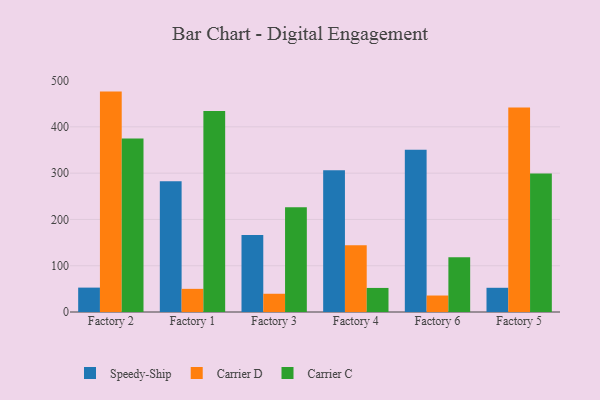
{"axis": {"x": "Factory", "y": "Backlog"}, "legend": ["Carrier C", "Carrier D", "Speedy-Ship"], "data": [{"x": "Factory 2", "y": 52.7, "type": "Speedy-Ship"}, {"x": "Factory 2", "y": 476.2, "type": "Carrier D"}, {"x": "Factory 2", "y": 375.0, "type": "Carrier C"}, {"x": "Factory 1", "y": 282.4, "type": "Speedy-Ship"}, {"x": "Factory 1", "y": 50.0, "type": "Carrier D"}, {"x": "Factory 1", "y": 434.1, "type": "Carrier C"}, {"x": "Factory 3", "y": 166.2, "type": "Speedy-Ship"}, {"x": "Factory 3", "y": 39.4, "type": "Carrier D"}, {"x": "Factory 3", "y": 226.5, "type": "Carrier C"}, {"x": "Factory 4", "y": 306.5, "type": "Speedy-Ship"}, {"x": "Factory 4", "y": 144.1, "type": "Carrier D"}, {"x": "Factory 4", "y": 52.0, "type": "Carrier C"}, {"x": "Factory 6", "y": 350.8, "type": "Speedy-Ship"}, {"x": "Factory 6", "y": 35.6, "type": "Carrier D"}, {"x": "Factory 6", "y": 118.3, "type": "Carrier C"}, {"x": "Factory 5", "y": 52.3, "type": "Speedy-Ship"}, {"x": "Factory 5", "y": 441.8, "type": "Carrier D"}, {"x": "Factory 5", "y": 299.3, "type": "Carrier C"}]}